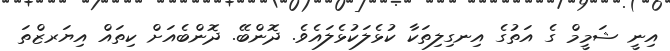
އިނީ ޝަމީމް ގެ އަތުގެ އިނގިލިތަކާ ކުޅެލަކުޅެލައެވެ. ދޮންބޭ. ދޮންބެއަށް ކިތައް އިޔަރޒްތަ